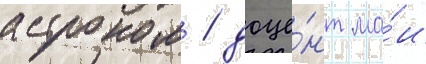
астроном / доце́нт ма́и